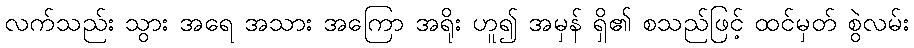
လက်သည်း သွား အရေ အသား အကြော အရိုး ဟူ၍ အမှန် ရှိ၏ စသည်ဖြင့် ထင်မှတ် စွဲလမ်း